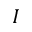
I